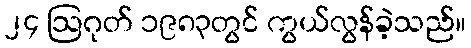
၂၄ ဩဂုတ် ၁၉၈၃တွင် ကွယ်လွန်ခဲ့သည်။